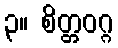
၃။ စိတ္တဝဂ္ဂ